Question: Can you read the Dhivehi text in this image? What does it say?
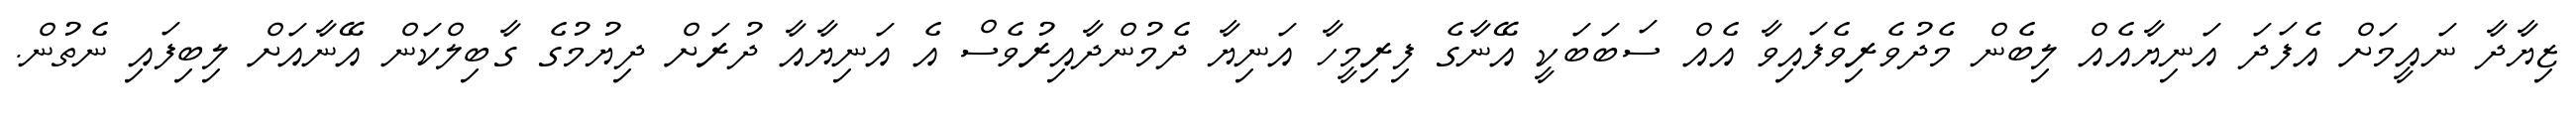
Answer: ޒިޔާދާ ނައީމަށް އެފަދަ އަނިޔާއެއް ލިބެން މެދުވެރިވެފައިވާ އެއް ސަބަބަކީ އޭނާގެ ފިރިމީހާ އަނިޔާ ދެމުންދާއިރުވެސް އެ އަނިޔާއާ ދުރަށް ދިޔުމުގެ ގާބިލްކަން އޭނާއަށް ލިބިފައި ނެތުން.